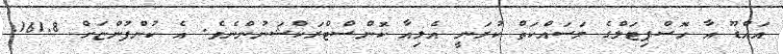
އައްޑޫ އާ ހޮސްޕިޓަލްގެ މަސައްކަތް ކުރަނީ އެލިއާ ކޮންސްޓްރަކްޝަނުންނެވެ. އެ ކުންފުންޏަށް 161.8